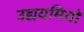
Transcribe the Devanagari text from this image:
उद्ययमियों